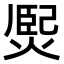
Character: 㷩